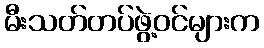
မီးသတ်တပ်ဖွဲ့ဝင်များက